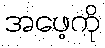
အဖေ့ကို